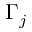
\Gamma _ { j }